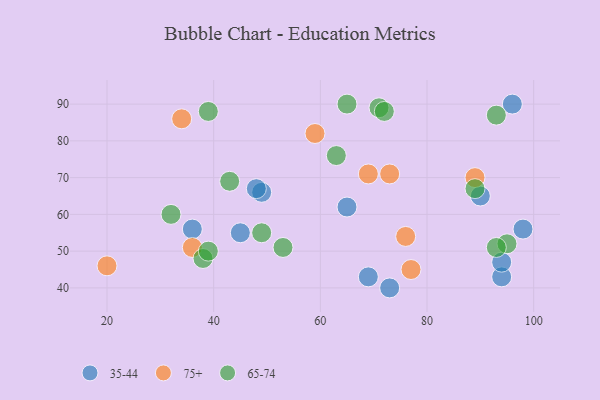
{"axis": {"x": "GDP", "y": "Life Expectancy"}, "legend": ["35-44", "65-74", "75+"], "data": [{"x": "94", "y": 43, "type": "35-44"}, {"x": "94", "y": 47, "type": "35-44"}, {"x": "49", "y": 66, "type": "35-44"}, {"x": "48", "y": 67, "type": "35-44"}, {"x": "65", "y": 62, "type": "35-44"}, {"x": "36", "y": 56, "type": "35-44"}, {"x": "98", "y": 56, "type": "35-44"}, {"x": "73", "y": 40, "type": "35-44"}, {"x": "96", "y": 90, "type": "35-44"}, {"x": "90", "y": 65, "type": "35-44"}, {"x": "69", "y": 43, "type": "35-44"}, {"x": "45", "y": 55, "type": "35-44"}, {"x": "89", "y": 70, "type": "75+"}, {"x": "20", "y": 46, "type": "75+"}, {"x": "69", "y": 71, "type": "75+"}, {"x": "59", "y": 82, "type": "75+"}, {"x": "36", "y": 51, "type": "75+"}, {"x": "76", "y": 54, "type": "75+"}, {"x": "34", "y": 86, "type": "75+"}, {"x": "77", "y": 45, "type": "75+"}, {"x": "73", "y": 71, "type": "75+"}, {"x": "32", "y": 60, "type": "65-74"}, {"x": "71", "y": 89, "type": "65-74"}, {"x": "65", "y": 90, "type": "65-74"}, {"x": "93", "y": 87, "type": "65-74"}, {"x": "39", "y": 88, "type": "65-74"}, {"x": "95", "y": 52, "type": "65-74"}, {"x": "49", "y": 55, "type": "65-74"}, {"x": "43", "y": 69, "type": "65-74"}, {"x": "38", "y": 48, "type": "65-74"}, {"x": "89", "y": 67, "type": "65-74"}, {"x": "63", "y": 76, "type": "65-74"}, {"x": "72", "y": 88, "type": "65-74"}, {"x": "53", "y": 51, "type": "65-74"}, {"x": "93", "y": 51, "type": "65-74"}, {"x": "39", "y": 50, "type": "65-74"}]}